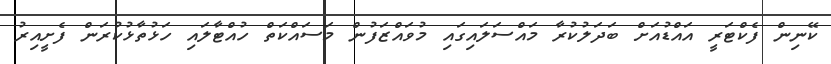
ކޭނިން ފެކްޓަރީ އައްޑުއަށް ބަދަލުކުރާ މައްސަލައިގައި މުވައްޒަފުން މަސައްކަތް ހުއްޓާލައި ހަޅުތާޅުކުރަން ފެށީއިރު